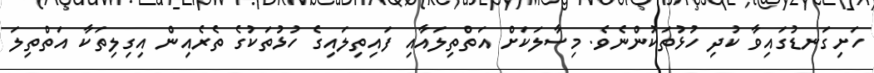
ހަށިގަނޑުގައިވާ ކުދި ހުޅުތަކުންނެވެ. މިސާލަކަށް އަތްތިލައާއި ފައިތިލައިގެ ހުޅުތަކުގެ ތެރެއިން އިގިލިތަކާ އަތްތިލަ